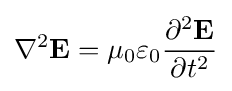
\nabla ^{2}\mathbf {E} =\mu _{0}\varepsilon _{0}{\frac {\partial ^{2}\mathbf {E} }{\partial t^{2}}}